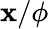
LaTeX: \mathbf{x}/\phi